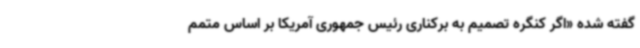
گفته شده «اگر کنگره تصمیم به برکناری رئیس جمهوری آمریکا بر اساس متمم